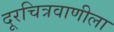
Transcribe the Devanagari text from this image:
दूरचित्रवाणीला